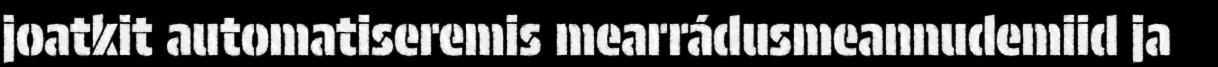
joatkit automatiseremis mearrádusmeannudemiid ja